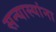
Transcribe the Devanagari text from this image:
सन्यास्यांना